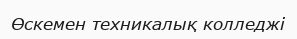
Өскемен техникалық колледжі